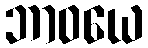
ဘာဝယေ